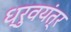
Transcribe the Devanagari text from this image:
ध्रुवयंत्र